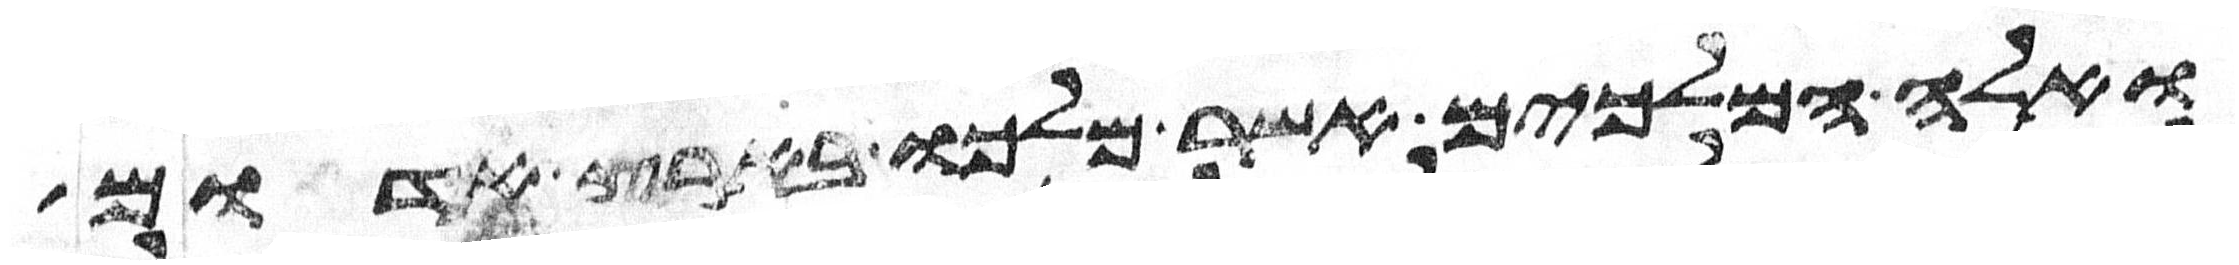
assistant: ואלה המלכים אשר מלכו בארץ אדום